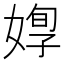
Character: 𡞦